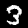
Label: 3